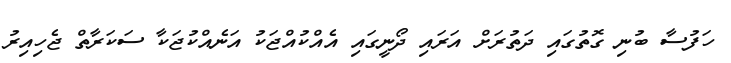
ހަފުސާ ބުނި ގޮތުގައި ދަތުރަށް އަރައި ދޯނީގައި އެއްކުއްޖަކު އަނެއްކުޖަކާ ސަކަރާތް ޖެހިއިރު